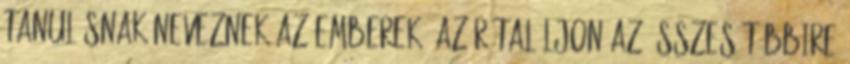
tanulásnak neveznek az emberek, az rátaláljon az összes többire